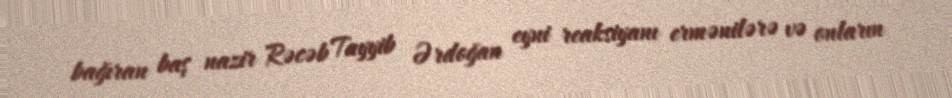
bağıran baş nazir Rəcəb Tayyib Ərdoğan eyni reaksiyanı ermənilərə və onların